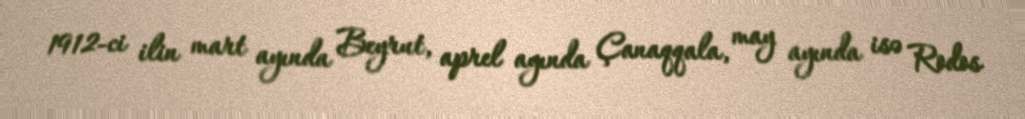
1912-ci ilin mart ayında Beyrut, aprel ayında Çanaqqala, may ayında isə Rodos